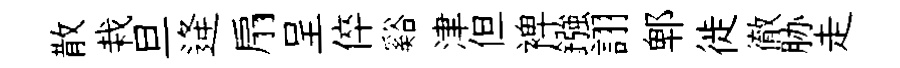
散栽旦逄扇呈倅谿津但裨鏹詡郫徙徹胁走